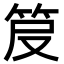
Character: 𥬖